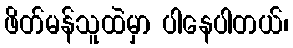
ဖိတ်မန်သူထဲမှာ ပါနေပါတယ်၊